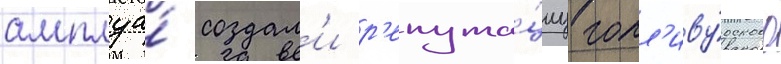
амплуа́ создал'и р'епута́циу голл'иву́дского